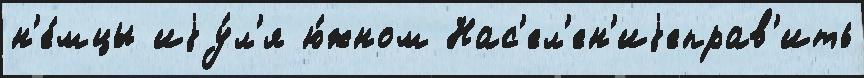
н'е́мцы иjу́л'я ю́жном Нас'ел'ен'иjеправ'ить